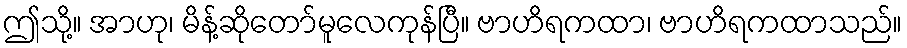
ဤသို့။ အာဟု၊ မိန့်ဆိုတော်မူလေကုန်ပြီ။ ဗာဟိရကထာ၊ ဗာဟိရကထာသည်။